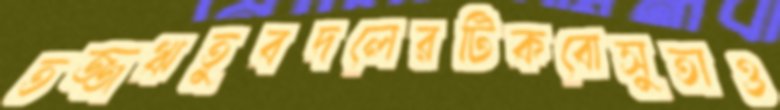
তজ্জঋতুবদলেরটিকবোসুতাও